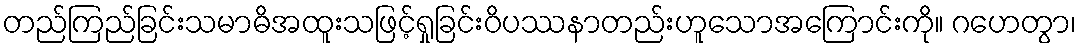
တည်ကြည်ခြင်းသမာဓိအထူးသဖြင့်ရှုခြင်းဝိပဿနာတည်းဟူသောအကြောင်းကို။ ဂဟေတွာ၊